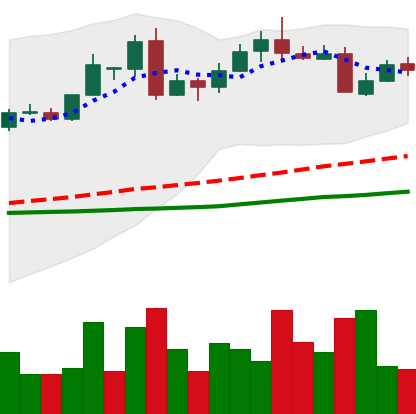
Ticker: LTC-USD
Chart end date: 2016-05-22
Forward return: 14.546%
Label: up_7plus